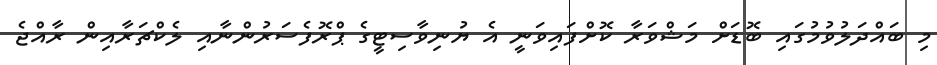
މި ބައްދަލުވުމުގައި ބޮޑަށް މަޝްވަރާ ކޮށްފައިވަނީ އެ ޔުނިވާސިޓީގެ ޕްރޮފެސަރުންނާއި ލެކްޗަރާއިން ރާއްޖެ